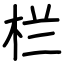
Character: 栏